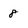
Character: 8